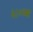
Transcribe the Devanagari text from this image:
६८०च्या